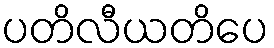
ပတိလီယတိပေ